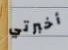
أخبرتي